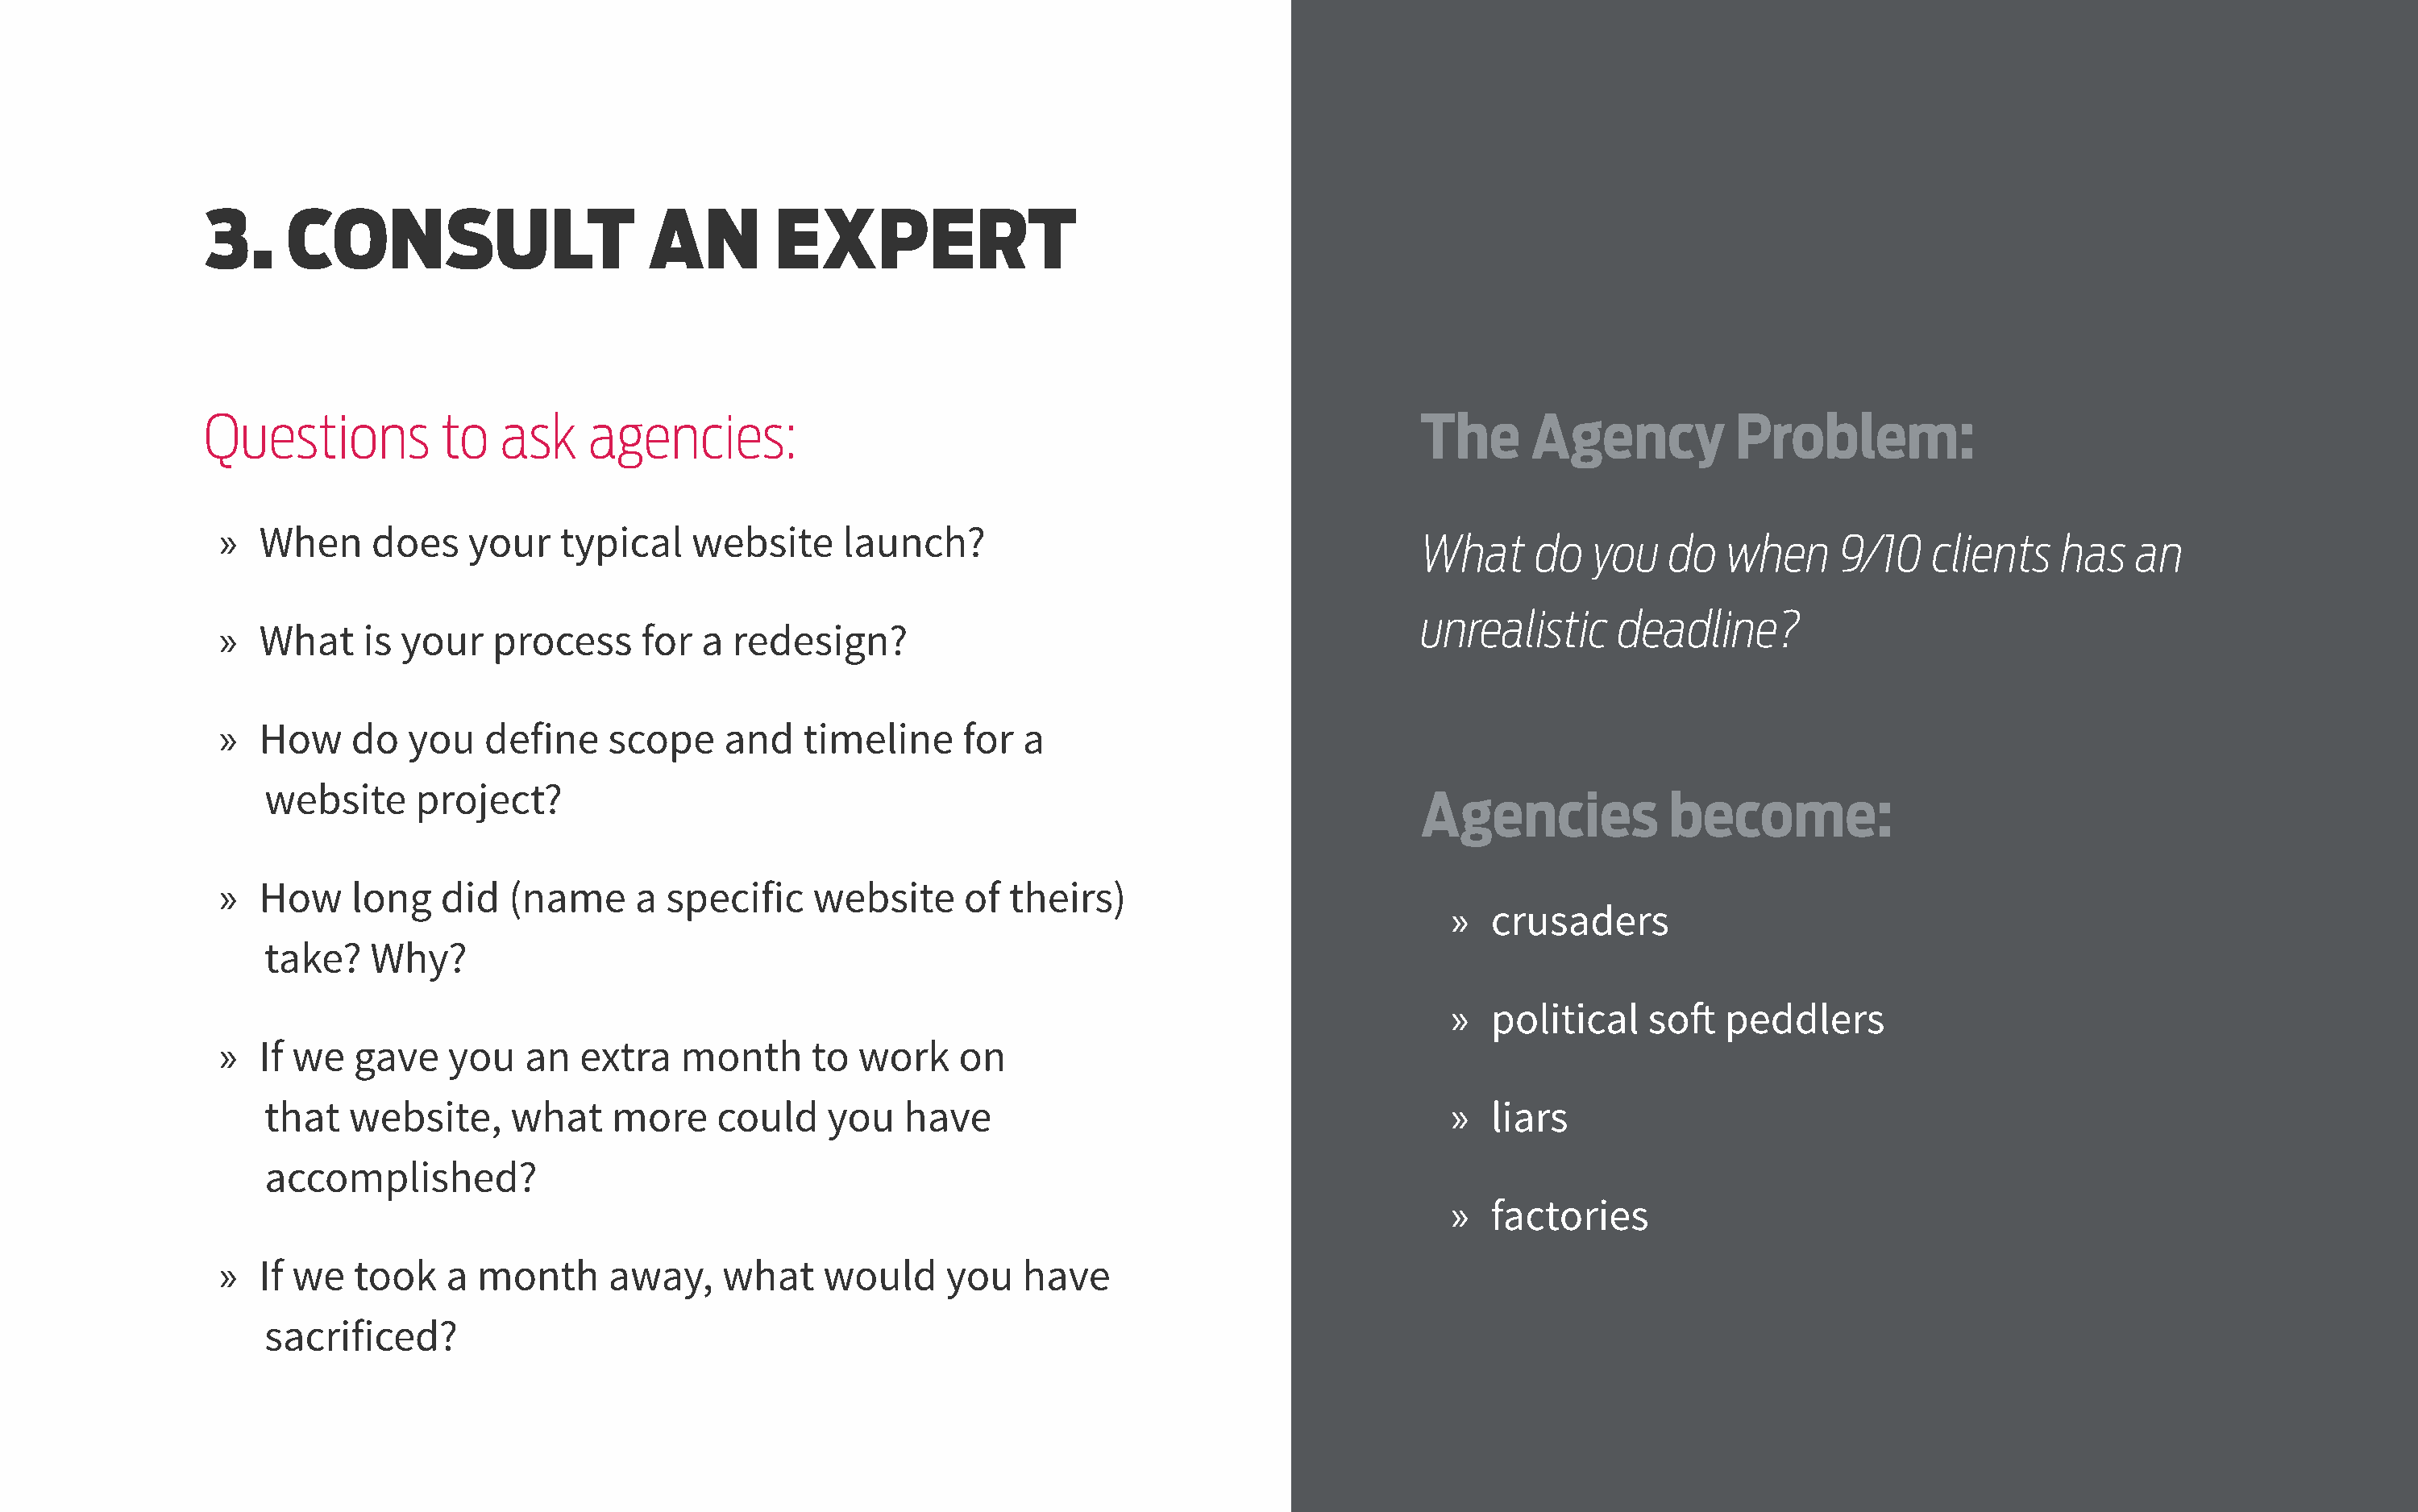
3.     CONSULT                      AN         EXPERT
 Questions          to   ask    agencies:                                                            The      Agency           Problem:
 »  When      does   your    typical    website     launch?                                         What     do   you   do   when     9/10    clients   has   an
 unrealistic     deadline?
 »  What     is your   process      for  a redesign?
 »  How     do   you   define    scope    and    timeline     for  a
 website     project?
 Agencies            become:
 »  How     long   did   (name     a  specific    website     of  theirs)
 »  crusaders
 take?   Why?
 »  political    soft   peddlers
 »  If we   gave    you   an   extra   month      to work     on
 that   website,     what    more     could    you   have                                         »  liars
 accomplished?
 »  factories
 »  If we   took    a month      away,    what     would     you   have
 sacrificed?